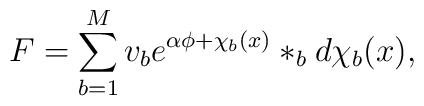
F=\sum_{b=1}^Mv_be^{\alpha\phi+\chi_b(x)}\ast_bd\chi_b(x),